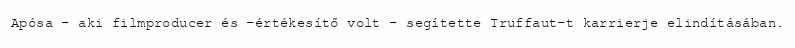
Apósa – aki filmproducer és -értékesítő volt – segítette Truffaut-t karrierje elindításában.